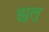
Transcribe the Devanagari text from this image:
झुलु